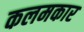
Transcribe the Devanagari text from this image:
कलमकार